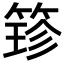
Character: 𮅢